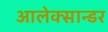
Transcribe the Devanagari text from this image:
आलेक्सान्डर